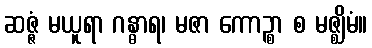
ဆဇ္ဇံ မယူရာ ဂန္ဓာရ၊ မဇာ ကောဉ္စာ စ မဇ္ဈိမံ။